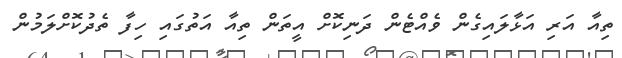
ތިއާ އަރި އަޅާލައިގެން ވެއްޓެން ދަނިކޮށް އީތަން ތިއާ އަތުގައި ހިފާ ތެދުކޮށްލަމުން